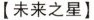
【未来之星】